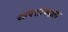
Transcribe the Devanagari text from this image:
आपसांबद्दल